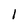
Character: 1